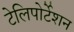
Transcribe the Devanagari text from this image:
टेलिपोर्टेशन